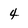
Character: 4